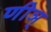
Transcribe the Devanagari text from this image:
णीञ्